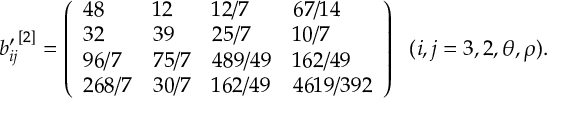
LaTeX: { b _ { i j } ^ { \prime } } ^ { [ 2 ] } = \left( \begin{array} { l l l l } { { 4 8 } } & { { 1 2 } } & { { 1 2 / 7 } } & { { 6 7 / 1 4 } } \\ { { 3 2 } } & { { 3 9 } } & { { 2 5 / 7 } } & { { 1 0 / 7 } } \\ { { 9 6 / 7 } } & { { 7 5 / 7 } } & { { 4 8 9 / 4 9 } } & { { 1 6 2 / 4 9 } } \\ { { 2 6 8 / 7 } } & { { 3 0 / 7 } } & { { 1 6 2 / 4 9 } } & { { 4 6 1 9 / 3 9 2 } } \end{array} \right) \ \ ( i , j = 3 , 2 , \theta , \rho ) .